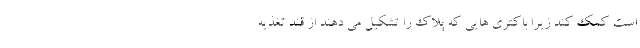
است کمک کند زیرا باکتری هایی که پلاک را تشکیل می دهند از قند تغذیه